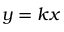
y = k x